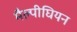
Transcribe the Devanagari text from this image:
मैल्पीघियन